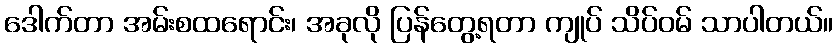
ဒေါက်တာ အမ်းစထရောင်း၊ အခုလို ပြန်တွေ့ရတာ ကျုပ် သိပ်ဝမ် သာပါတယ်။